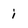
Character: i